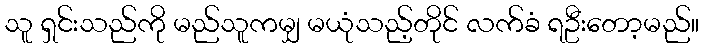
သူ ရှင်းသည်ကို မည်သူကမျှ မယုံသည့်တိုင် လက်ခံ ရဦးတော့မည်။